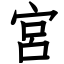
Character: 宮